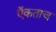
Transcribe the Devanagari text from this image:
ऍकताच